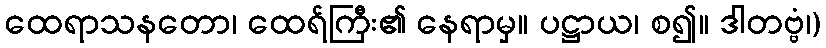
ထေရာသနတော၊ ထေရ်ကြီး၏ နေရာမှ။ ပဋ္ဌာယ၊ စ၍။ ဒါတဗ္ဗံ၊)